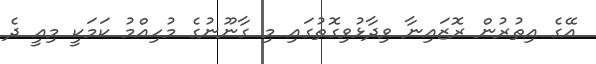
އޭގެ އިތުރުން ރޮޒައިނާ ވިދާޅުވިގޮތުގައި މި ގާނޫނުގެ މުހިއްމު ކަމަކީ މިއީ ދެ